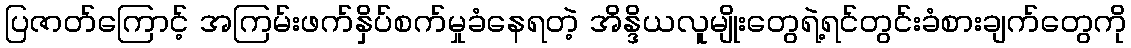
ပြဇာတ်ကြောင့် အကြမ်းဖက်နှိပ်စက်မှုခံနေရတဲ့ အိန္ဒိယလူမျိုးတွေရဲ့ရင်တွင်းခံစားချက်တွေကို